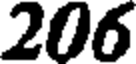
206